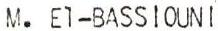
M.El-BASSIOUNI